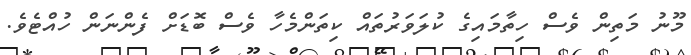
މޫނު މަތިން ވެސް ހިތާމައިގެ ކުލަވަރުތައް ކިތަންމެހާ ވެސް ބޮޑަށް ފެންނަން ހުއްޓެވެ.